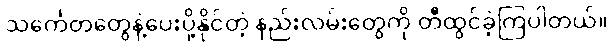
သင်္ကေတတွေနဲ့ပေးပို့နိုင်တဲ့ နည်းလမ်းတွေကို တီထွင်ခဲ့ကြပါတယ်။